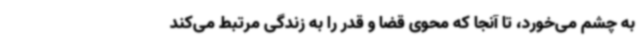
به چشم می‌خورد، تا آنجا که محوی قضا و قدر را به زندگی مرتبط می‌کند